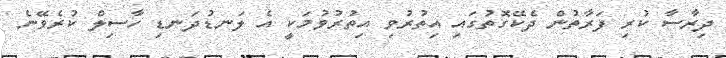
ދިރާސާ ކުރި ފަރާތުން ދެކޭގޮތުގައި އިތުރުވި އިތުރުވުމަކީ އެ ލަނޑުދަނޑި ހާސިލް ކުރެވޭނެ